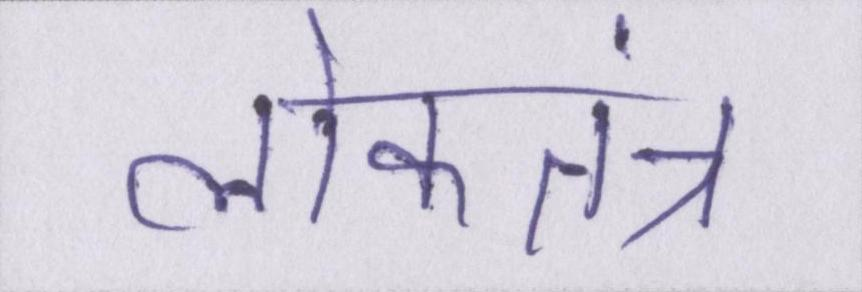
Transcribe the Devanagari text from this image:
लोकतंत्र